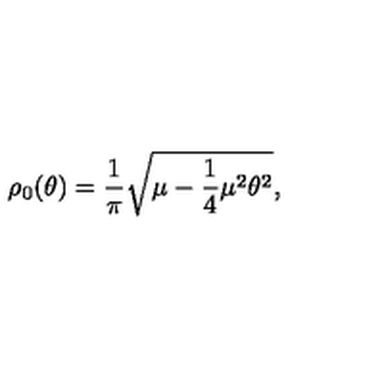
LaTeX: \rho _ { 0 } ( \theta ) = \frac { 1 } { \pi } \sqrt { \mu - \frac { 1 } { 4 } \mu ^ { 2 } \theta ^ { 2 } } ,